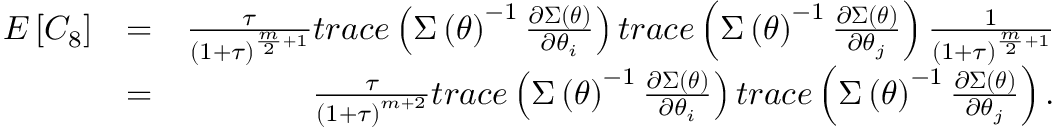
\begin{array} { r l r } { E \left[ C _ { 8 } \right] } & { = } & { \frac { \tau } { \left( 1 + \tau \right) ^ { \frac { m } { 2 } + 1 } } t r a c e \left( \boldsymbol { \Sigma } \left( \boldsymbol { \theta } \right) ^ { - 1 } \frac { \partial \boldsymbol { \Sigma } \left( \boldsymbol { \theta } \right) } { \partial \theta _ { i } } \right) t r a c e \left( \boldsymbol { \Sigma } \left( \boldsymbol { \theta } \right) ^ { - 1 } \frac { \partial \boldsymbol { \Sigma } \left( \boldsymbol { \theta } \right) } { \partial \theta _ { j } } \right) \frac { 1 } { \left( 1 + \tau \right) ^ { \frac { m } { 2 } + 1 } } } \\ & { = } & { \frac { \tau } { \left( 1 + \tau \right) ^ { m + 2 } } t r a c e \left( \boldsymbol { \Sigma } \left( \boldsymbol { \theta } \right) ^ { - 1 } \frac { \partial \boldsymbol { \Sigma } \left( \boldsymbol { \theta } \right) } { \partial \theta _ { i } } \right) t r a c e \left( \boldsymbol { \Sigma } \left( \boldsymbol { \theta } \right) ^ { - 1 } \frac { \partial \boldsymbol { \Sigma } \left( \boldsymbol { \theta } \right) } { \partial \theta _ { j } } \right) . } \end{array}